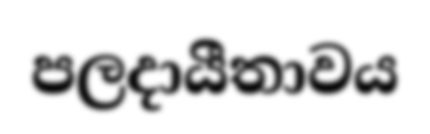
පලදායීතාවය